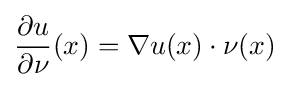
{\frac {\partial u}{\partial \nu }}(x)=\nabla u(x)\cdot \nu (x)